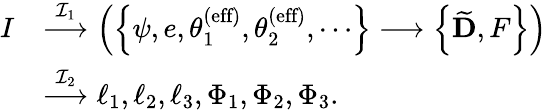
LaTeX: \begin{array}{rl}{I}&{\stackrel{{\mathcal{I}}_{1}}{\longrightarrow}\left(\left\{ \psi,e,\theta_{1}^{\textrm{(eff)}},\theta_{2}^{\textrm{(eff)}},\cdots\right\} \longrightarrow\left\{ \widetilde{\mathbf{D}},F\right\} \right)}\\ &{\stackrel{{\mathcal{I}}_{2}}{\longrightarrow}\ell_{1},\ell_{2},\ell_{3},\Phi_{1},\Phi_{2},\Phi_{3}.}\end{array}